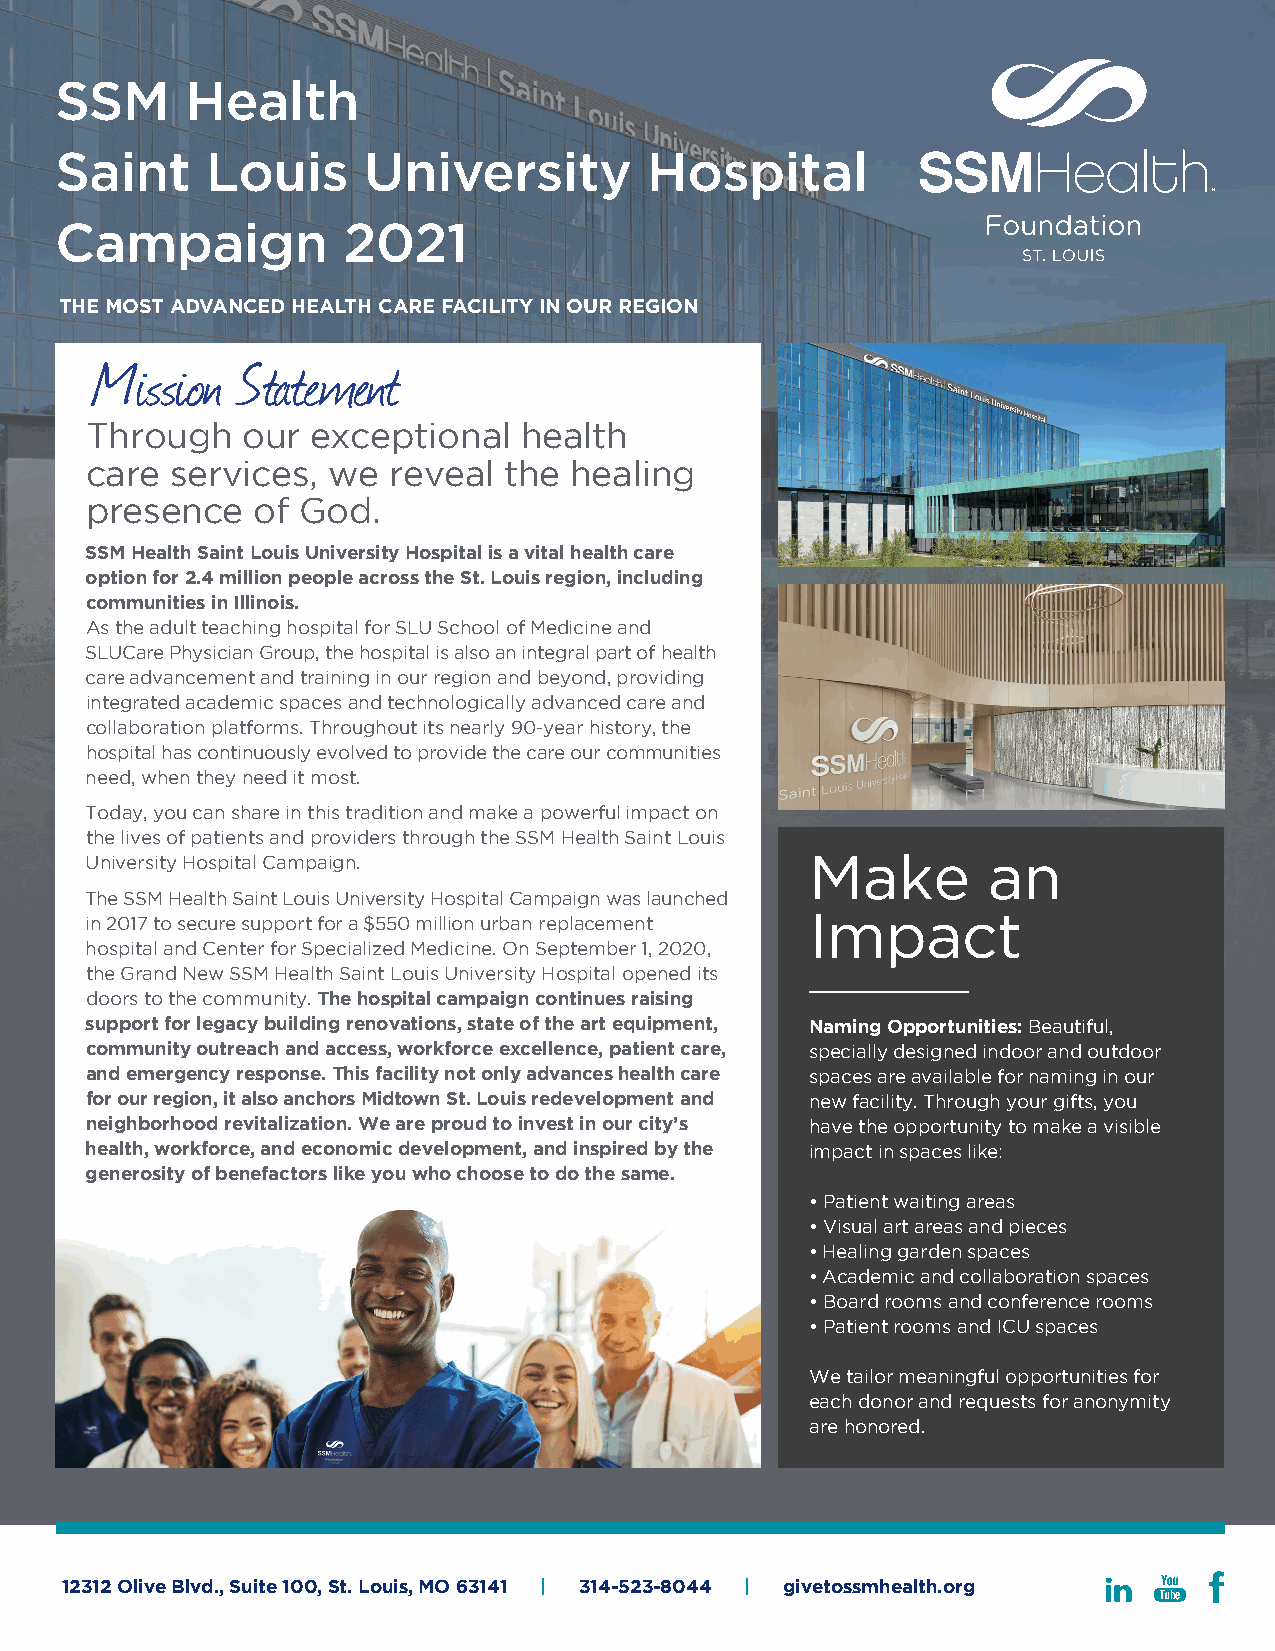
SSM     Health
 Saint     Louis     University         Hospital
 Campaign           2021
 THE MOST ADVANCED HEALTH CARE FACILITY IN OUR REGION
 Mission   Statement
 Through   our  exceptional   health
 care services,  we  reveal the  healing
 presence   of God.
 SSM Health Saint Louis University Hospital is a vital health care
 option for 2.4 million people across the St. Louis region, including
 communities in Illinois.
 As the adult teaching hospital for SLU School of Medicine and
 SLUCare Physician Group, the hospital is also an integral part of health
 care advancement and training in our region and beyond, providing
 integrated academic spaces and technologically advanced care and
 collaboration platforms. Throughout its nearly 90-year history, the
 hospital has continuously evolved to provide the care our communities
 need, when they need it most.
 Today, you can share in this tradition and make a powerful impact on
 the lives of patients and providers through the SSM Health Saint Louis
 Make       an
 University Hospital Campaign.
 The SSM Health Saint Louis University Hospital Campaign was launched
 Impact
 in 2017 to secure support for a $550 million urban replacement
 hospital and Center for Specialized Medicine. On September 1, 2020,
 the Grand New SSM Health Saint Louis University Hospital opened its
 doors to the community. The hospital campaign continues raising
 support for legacy building renovations, state of the art equipment, Naming Opportunities: Beautiful,
 community outreach and access, workforce excellence, patient care, specially designed indoor and outdoor
 and emergency response. This facility not only advances health care spaces are available for naming in our
 for our region, it also anchors Midtown St. Louis redevelopment and new facility. Through your gifts, you
 neighborhood revitalization. We are proud to invest in our city’s have the opportunity to make a visible
 health, workforce, and economic development, and inspired by the impact in spaces like:
 generosity of benefactors like you who choose to do the same.
 •Patient waiting areas
 •Visual art areas and pieces
 •Healing garden spaces
 •Academic and collaboration spaces
 •Board rooms and conference rooms
 •Patient rooms and ICU spaces
 We tailor meaningful opportunities for
 each donor and requests for anonymity
 are honored.
 12312 Olive Blvd., Suite 100, St. Louis, MO 63141 | 314-523-8044 | givetossmhealth.org